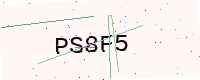
Text: PS8F5